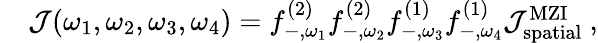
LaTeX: \begin{array}{rl}&{\mathcal{J}(\omega_{1},\omega_{2},\omega_{3},\omega_{4})={f}_{-,\omega_{1}}^{\mathrm{(2)}}{f}_{-,\omega_{2}}^{\mathrm{(2)}}{f}_{-,\omega_{3}}^{\mathrm{(1)}}{f}_{-,\omega_{4}}^{\mathrm{(1)}}\mathcal{J}_{\mathrm{spatial}}^{\mathrm{MZI}}\ ,}\end{array}